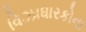
વિઝાધારકોના